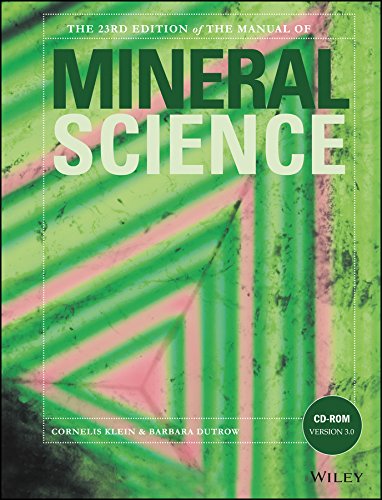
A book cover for Manual of Mineral Science; Klein Dutrow; Science & Math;